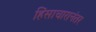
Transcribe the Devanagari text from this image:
हिंसाचारानंतर